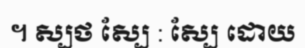
។ ស្បថ ស្បែ : ស្បែ ដោយ